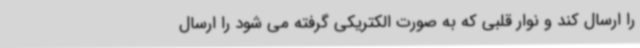
را ارسال کند و نوار قلبی که به صورت الکتریکی گرفته می شود را ارسال